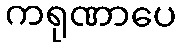
ကရုဏာပေ